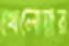
খেলোয়ার